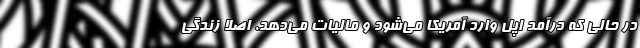
در حالی که درآمد اپل وارد آمریکا می‌شود و مالیات می‌دهد. اصلا زندگی